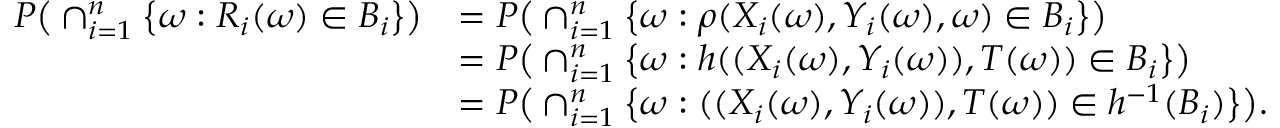
\begin{array} { r l } { P \big ( \cap _ { i = 1 } ^ { n } \big \{ \omega : R _ { i } ( \omega ) \in B _ { i } \big \} \big ) } & { = P \big ( \cap _ { i = 1 } ^ { n } \big \{ \omega : \rho ( X _ { i } ( \omega ) , Y _ { i } ( \omega ) , \omega ) \in B _ { i } \big \} \big ) } \\ & { = P \big ( \cap _ { i = 1 } ^ { n } \big \{ \omega : h ( ( X _ { i } ( \omega ) , Y _ { i } ( \omega ) ) , T ( \omega ) ) \in B _ { i } \big \} \big ) } \\ & { = P \big ( \cap _ { i = 1 } ^ { n } \big \{ \omega : ( ( X _ { i } ( \omega ) , Y _ { i } ( \omega ) ) , T ( \omega ) ) \in h ^ { - 1 } ( B _ { i } ) \big \} \big ) . } \end{array}